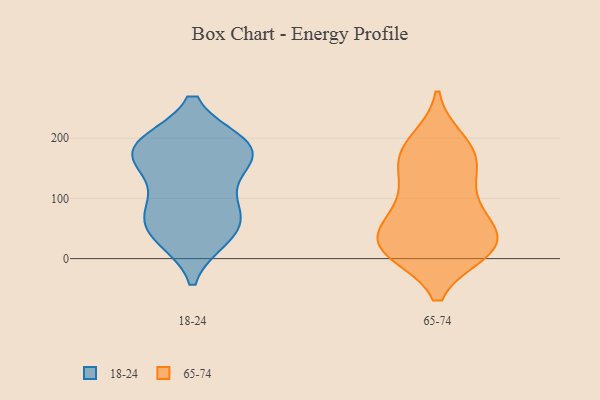
{"axis": {"x": "Shipments", "y": "Value"}, "legend": ["18-24", "65-74"], "data": [{"x": "", "y": 86, "type": "18-24"}, {"x": "", "y": 151, "type": "18-24"}, {"x": "", "y": 176, "type": "18-24"}, {"x": "", "y": 44, "type": "18-24"}, {"x": "", "y": 73, "type": "18-24"}, {"x": "", "y": 36, "type": "18-24"}, {"x": "", "y": 185, "type": "18-24"}, {"x": "", "y": 41, "type": "18-24"}, {"x": "", "y": 190, "type": "18-24"}, {"x": "", "y": 155, "type": "18-24"}, {"x": "", "y": 188, "type": "18-24"}, {"x": "", "y": 189, "type": "18-24"}, {"x": "", "y": 89, "type": "18-24"}, {"x": "", "y": 192, "type": "65-74"}, {"x": "", "y": 196, "type": "65-74"}, {"x": "", "y": 156, "type": "65-74"}, {"x": "", "y": 82, "type": "65-74"}, {"x": "", "y": 142, "type": "65-74"}, {"x": "", "y": 14, "type": "65-74"}, {"x": "", "y": 12, "type": "65-74"}, {"x": "", "y": 22, "type": "65-74"}, {"x": "", "y": 19, "type": "65-74"}, {"x": "", "y": 18, "type": "65-74"}, {"x": "", "y": 41, "type": "65-74"}, {"x": "", "y": 111, "type": "65-74"}, {"x": "", "y": 66, "type": "65-74"}, {"x": "", "y": 78, "type": "65-74"}, {"x": "", "y": 162, "type": "65-74"}, {"x": "", "y": 35, "type": "65-74"}, {"x": "", "y": 173, "type": "65-74"}, {"x": "", "y": 12, "type": "65-74"}]}